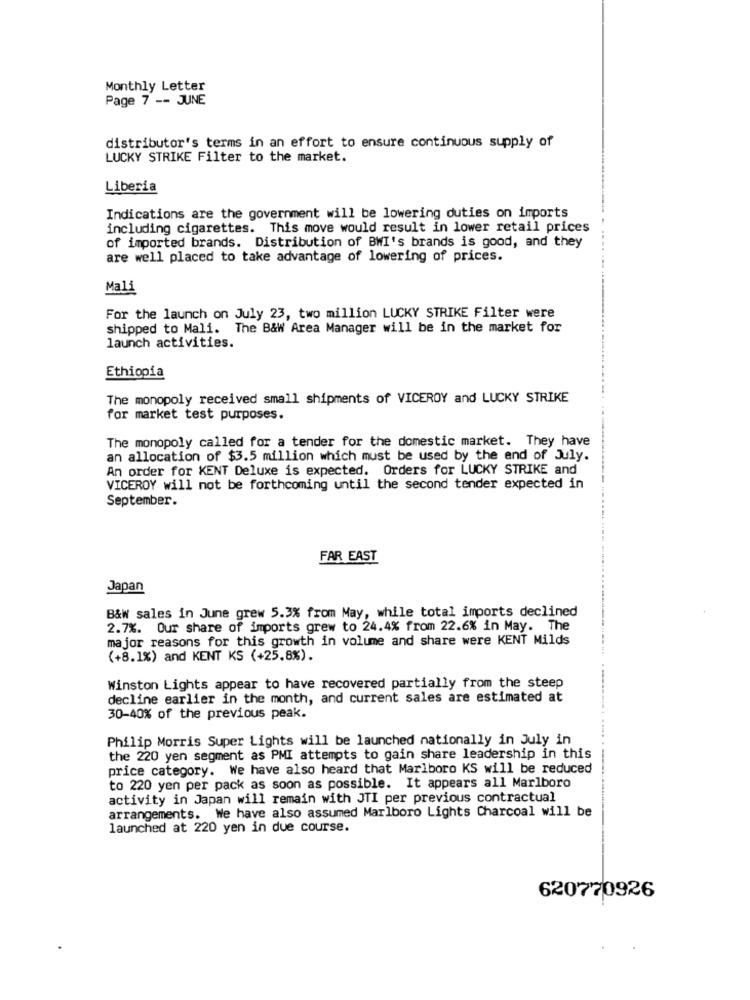
Monthly Letter
Page 7 -- JUNE
distributor's terms in an effort to ensure continuous supply of
LUCKY STRIKE Filter to the market.
Liberia
Indications are the government will be lowering duties on imports
including cigarettes. This move would result in lower retail prices
of imported brands. Distribution of BWI's brands is good, and they
are well placed to take advantage of lowering of prices.
Mali
For the launch on July 23, two million LUCKY STRIKE Filter were
shipped to Mali. The B&W Area Manager will be in the market for
launch activities.
Ethiopia
The monopoly received small shipments of VICEROY and LUCKY STRIKE
for market test purposes.
The monopoly called for a tender for the domestic market. They have
an allocation of $3.5 million which must be used by the end of July.
An order for KENT Deluxe is expected. Orders for LUCKY STRIKE and
VICEROY will not be forthcoming until the second tender expected in
September.
FAR EAST
Japan
B&W sales in June grew 5.3% from May, while total imports declined
2.7%. Our share of imports grew to 24.4% from 22.6% in May. The
major reasons for this growth in volume and share were KENT Milds
(+8.1%) and KENT KS (+25.8%).
Winston Lights appear to have recovered partially from the steep
decline earlier in the month, and current sales are estimated at
30-40% of the previous peak.
Philip Morris Super Lights will be launched nationally in July in
the 220 yen segment as PMI attempts to gain share leadership in this
price category. We have also heard that Marlboro KS will be reduced
to 220 yen per pack as soon as possible. It appears all Marlboro
activity in Japan will remain with JTI per previous contractual
arrangements. We have also assumed Marlboro Lights Charcoal will be
launched at 220 yen in due course.
620770926